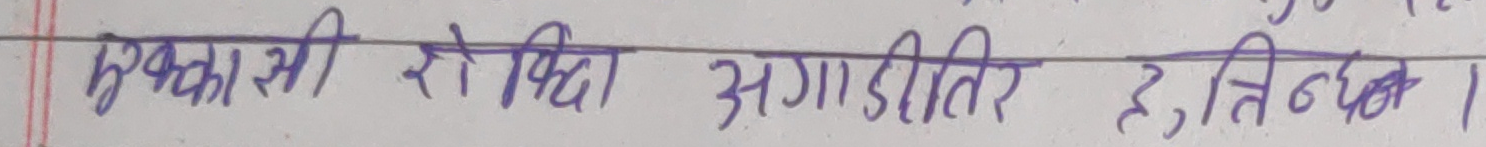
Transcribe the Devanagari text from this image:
पृथक्कासी रो विधा अगाडीतिर हुतिन्छ।